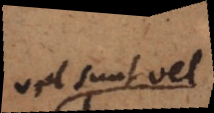
vel sunt vel